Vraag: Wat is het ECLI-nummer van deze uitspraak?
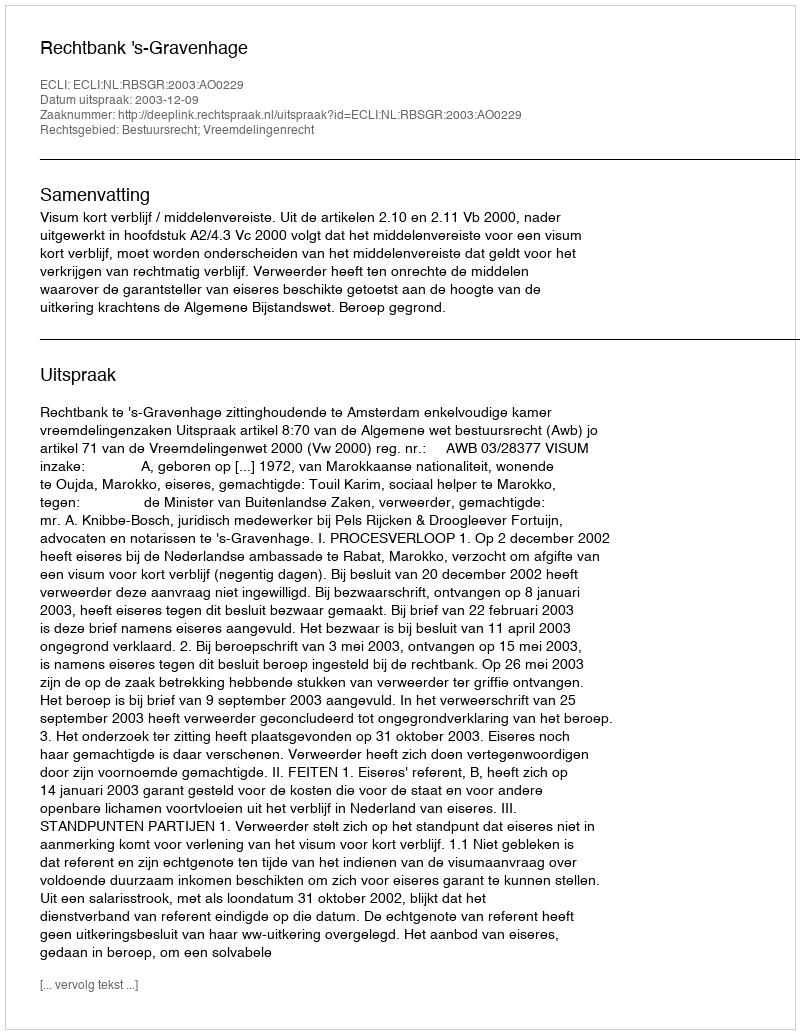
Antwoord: ECLI:NL:RBSGR:2003:AO0229